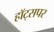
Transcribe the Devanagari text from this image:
हॉट्सपर